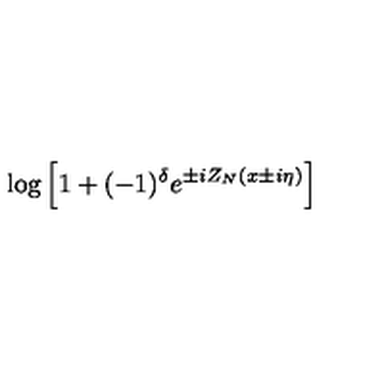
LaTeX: \log \left[ 1 + ( - 1 ) ^ { \delta } e ^ { \pm i Z _ { N } ( x \pm i \eta ) } \right]